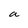
Character: a